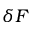
\delta F